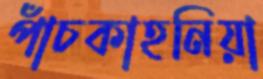
পাঁচকাহনিয়া